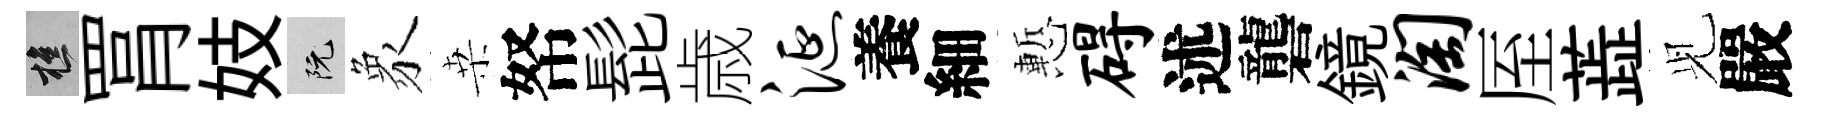
樵罥妓阮象桒帑髭歳涎養細慙碍述礱鏡淘厔蕋𫤗嚴